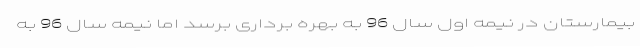
بیمارستان در نیمه اول سال 96 به بهره برداری برسد اما نیمه سال 96 به